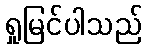
ရှုမြင်ပါသည်